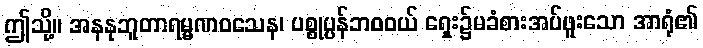
ဤသို့။ အနနုဘူတာရမ္မဏဝသေန၊ ပစ္စုပ္ပန်ဘဝဝယ် ရှေး၌မခံစားအပ်ဖူးသော အာရုံ၏